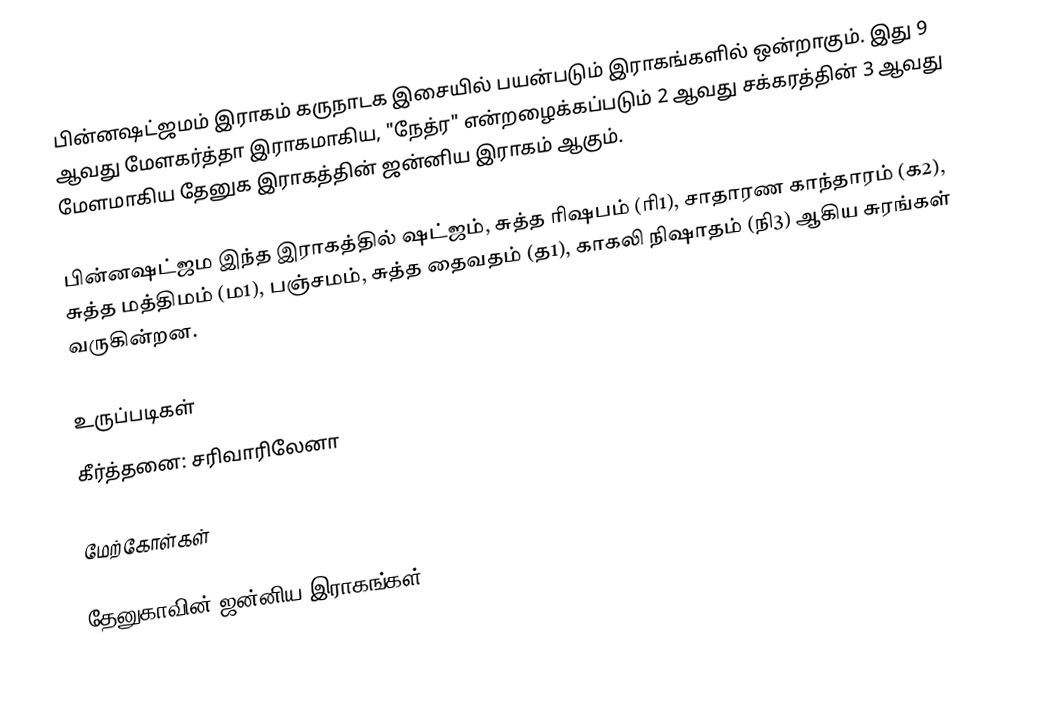
பின்னஷட்ஜமம் இராகம் கருநாடக இசையில் பயன்படும் இராகங்களில் ஒன்றாகும். இது 9 ஆவது மேளகர்த்தா இராகமாகிய, "நேத்ர" என்றழைக்கப்படும் 2 ஆவது சக்கரத்தின் 3 ஆவது மேளமாகிய தேனுக இராகத்தின் ஜன்னிய இராகம் ஆகும்.

பின்னஷட்ஜம இந்த இராகத்தில் ஷட்ஜம், சுத்த ரிஷபம் (ரி1), சாதாரண காந்தாரம் (க2), சுத்த மத்திமம் (ம1), பஞ்சமம், சுத்த தைவதம் (த1), காகலி நிஷாதம்  (நி3) ஆகிய சுரங்கள் வருகின்றன.

உருப்படிகள்
 கீர்த்தனை: சரிவாரிலேனா

மேற்கோள்கள்

தேனுகாவின் ஜன்னிய இராகங்கள்